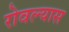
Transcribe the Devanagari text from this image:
रोवल्यास